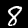
Label: 8